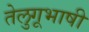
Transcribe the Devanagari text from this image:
तेलुगूभाषी